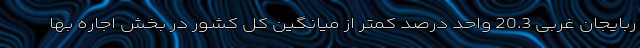
ربایجان غربی 20.3 واحد درصد کمتر از میانگین کل کشور در بخش اجاره بها